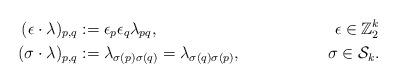
LaTeX: \begin{align*} (\epsilon\cdot\lambda)_{p,q} & :=\epsilon_p \epsilon_q \lambda_{pq},&\epsilon\in \mathbb{Z}_2^k\\ (\sigma\cdot\lambda)_{p,q} & := \lambda_{\sigma(p)\sigma(q)}=\lambda_{\sigma(q)\sigma(p)},&\sigma\in \mathcal{S}_k.\end{align*}